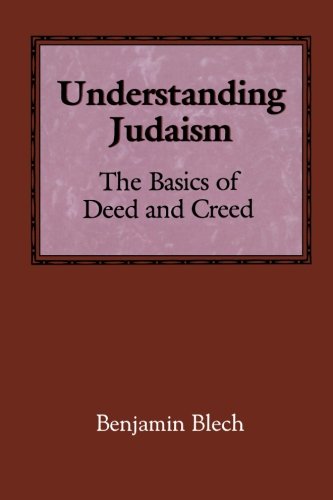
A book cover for Understanding Judaism: The Basics of Deed and Creed; Benjamin Rabbi Blech; Religion & Spirituality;